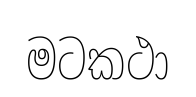
මටකථා